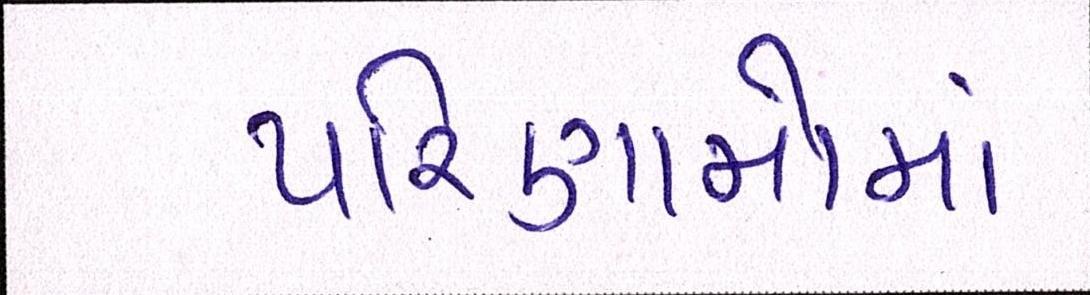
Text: પરિણામોમાં